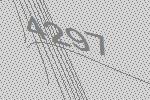
4297